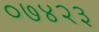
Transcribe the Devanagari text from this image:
०७४२३